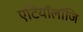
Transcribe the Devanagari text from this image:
एटियॉलॉजि